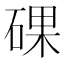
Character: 䂺